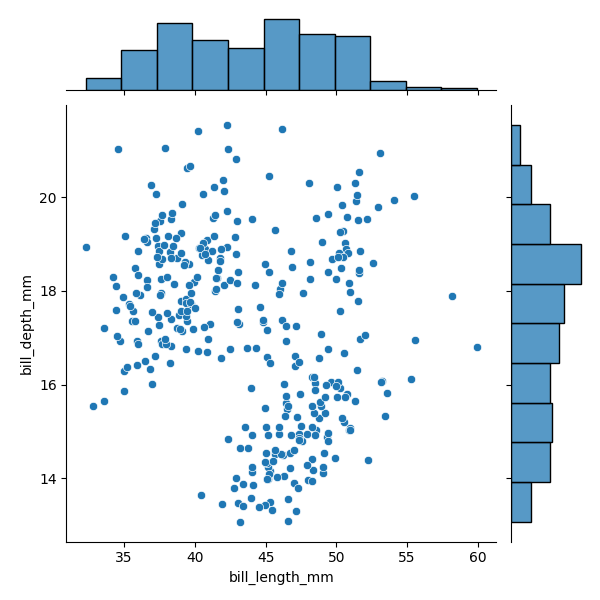
python, seaborn, JointGrid, scatterplot, histplot